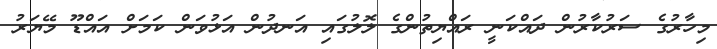
މިހާރުގެ ސަރުކާރުން ދައްކަނީ ރައްޔިތުންގެ ލޮލުގައި އަނދުން އަޅުވަން ކަމަށް އައްޑޫ މޭޔަރު